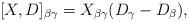
LaTeX: \begin{align*}[X,D]_{\beta \gamma}=X_{\beta \gamma}(D_{\gamma}-D_{\beta}),\end{align*}